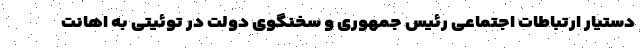
دستیار ارتباطات اجتماعی رئیس جمهوری و سخنگوی دولت در توئیتی به اهانت